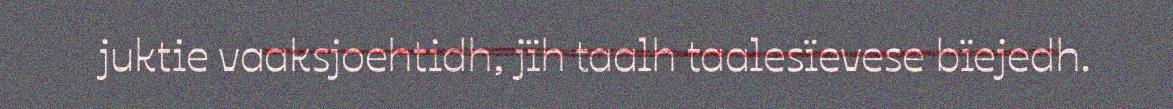
juktie vaaksjoehtidh, jïh taalh taalesïevese bïejedh.